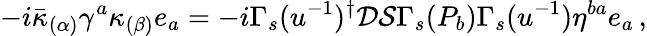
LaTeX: -i\bar{\kappa}_{(\alpha)}\gamma^{a}\kappa_{(\beta)}e_{a}=-i\Gamma_{s}(u^{-1})^{\dagger}\mathcal{D}\mathcal{S}\Gamma_{s}(P_{b})\Gamma_{s}(u^{-1})\eta^{ba}e_{a}\, ,